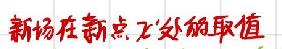
新场在新点 \( \mathcal{X}' \) 处的取值